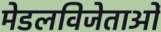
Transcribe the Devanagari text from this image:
मेडलविजेताओं